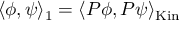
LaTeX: \langle \phi , \psi \rangle _ { 1 } = \langle P \phi , P \psi \rangle _ { \mathrm { K i n } }